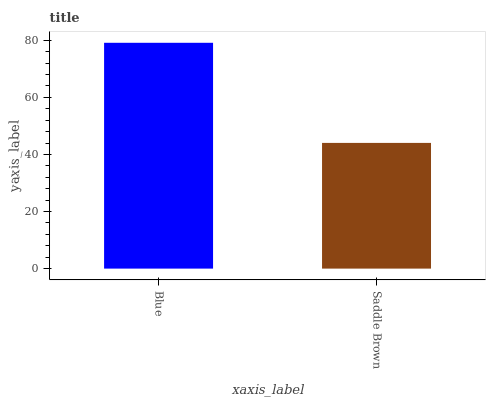
| xaxis_label | bars |
 | --- | --- |
 | Blue | 79.1 |
 | Saddle Brown | 44.1 |